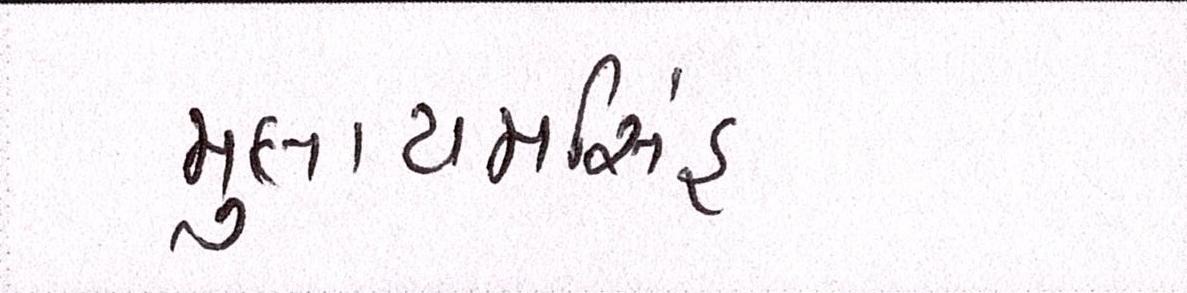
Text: મુલાયમસિંહ